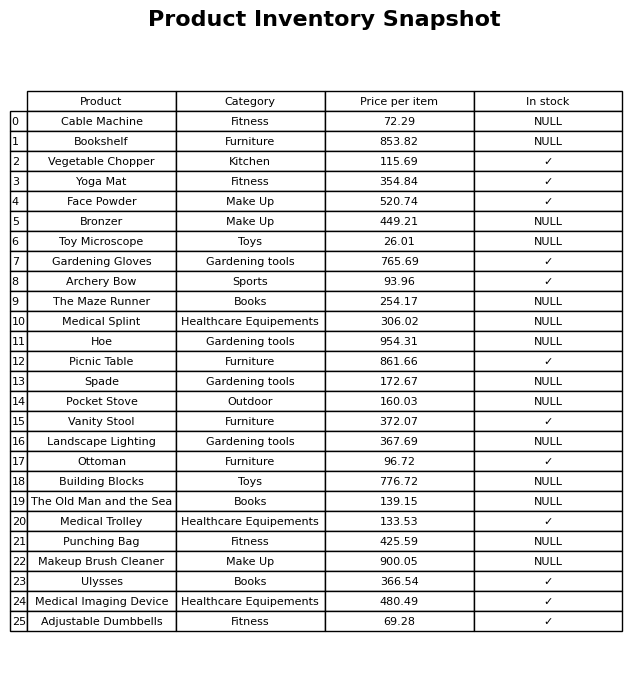
question: What is the stock status of the Cable Machine?
answer: NULL